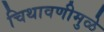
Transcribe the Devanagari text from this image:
चिथावणीमुळे